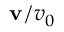
{ \mathbf { v } } / v _ { 0 }